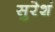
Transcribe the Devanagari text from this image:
सुरेशं